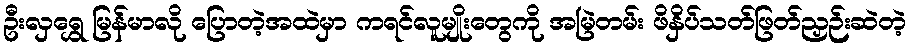
ဦးလှရွှေ မြန်မာလို ပြောတဲ့အထဲမှာ ကရင်လူမျိုးတွေကို အမြဲတမ်း ဖိနှိပ်သတ်ဖြတ်ညှဉ်းဆဲတဲ့